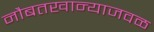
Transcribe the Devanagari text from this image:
नौबतखान्याजवळ